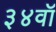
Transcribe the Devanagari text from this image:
३४वॉ